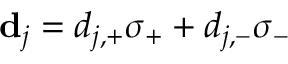
{ \bf d } _ { j } = d _ { j , + } \sigma _ { + } + d _ { j , - } \sigma _ { - }